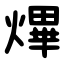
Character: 熚